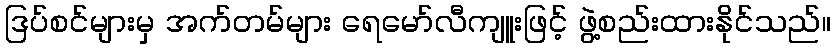
ဒြပ်စင်များမှ အက်တမ်များ ရေမော်လီကျူးဖြင့် ဖွဲ့စည်းထားနိုင်သည်။